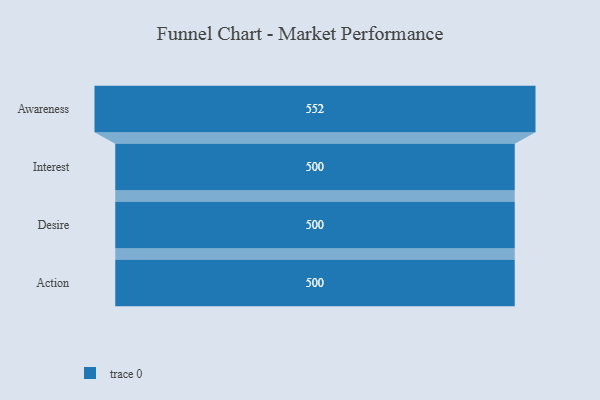
{"axis": {"x": "Stage", "y": "Value"}, "legend": [""], "data": [{"x": "Awareness", "y": 552.0, "type": ""}, {"x": "Interest", "y": 500, "type": ""}, {"x": "Desire", "y": 500, "type": ""}, {"x": "Action", "y": 500, "type": ""}]}